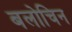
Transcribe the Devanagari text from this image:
बलोचिन